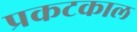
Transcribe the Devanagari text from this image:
प्रकटकाल